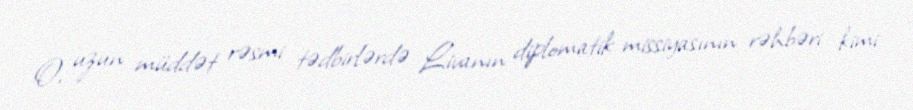
O, uzun müddət rəsmi tədbirlərdə Livanın diplomatik missiyasının rəhbəri kimi